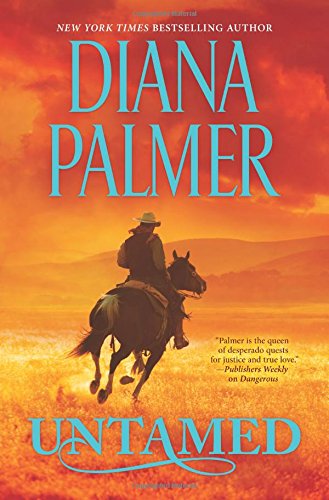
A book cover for Untamed (Long, Tall Texans); Diana Palmer; Romance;